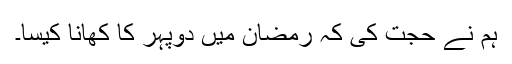
ہم نے حجت کی کہ رمضان میں دوپہر کا کھانا کیسا۔